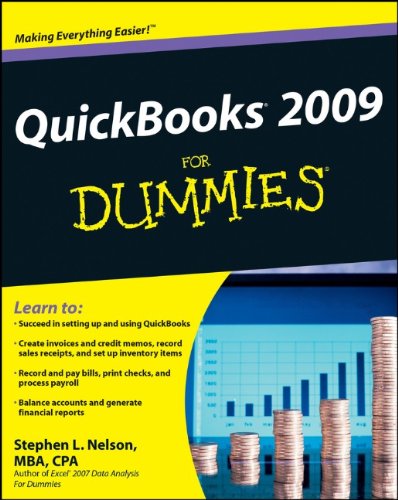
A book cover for QuickBooks 2009 For Dummies; Stephen L. Nelson; Computers & Technology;